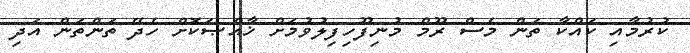
ކުރުމާއި ކައްކާ ތަން މެސް ރޫމް މުނިފޫހިފިލުވުމަށް ޚާއްޞަކޮށް ހެދޭ ތަންތަން އަދި